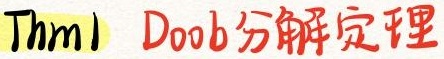
Thm1 Doob分解定理